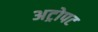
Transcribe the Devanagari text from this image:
अट्रोपट